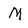
Character: M